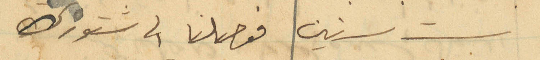
ست سنين فوصلنا الى شتوره